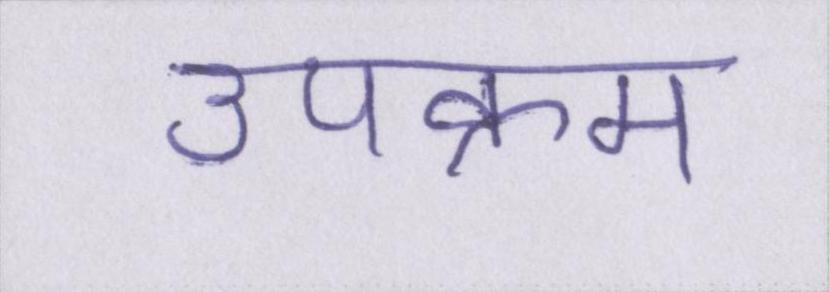
उपक्रम